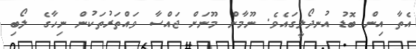
އެތާ އިން ބޮޑު އުނދޯލީގައެވެ. ނޫމާން މޫނަށް ޖައްސާ ވައްތަރުތަކުން ނިހާގެ ލޯބި